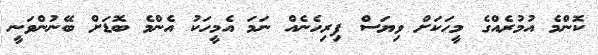
ކޮންމެ އުމުރެއްގެ މީހަކަށް ވިޔަސް ފިރިހެނެއް ނަމަ އެމީހަކު އެންމެ ބޮޑަށް ބޭނުންވަނީ